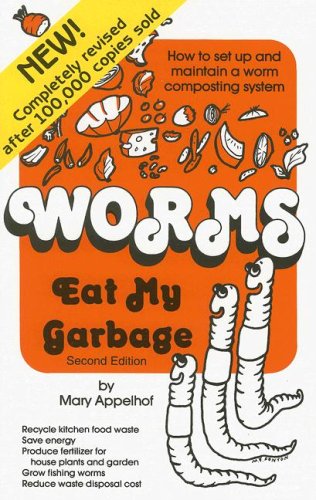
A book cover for Worms Eat My Garbage: How to Set Up and Maintain a Worm Composting System, 2nd Edition; Mary Appelhof; Crafts, Hobbies & Home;